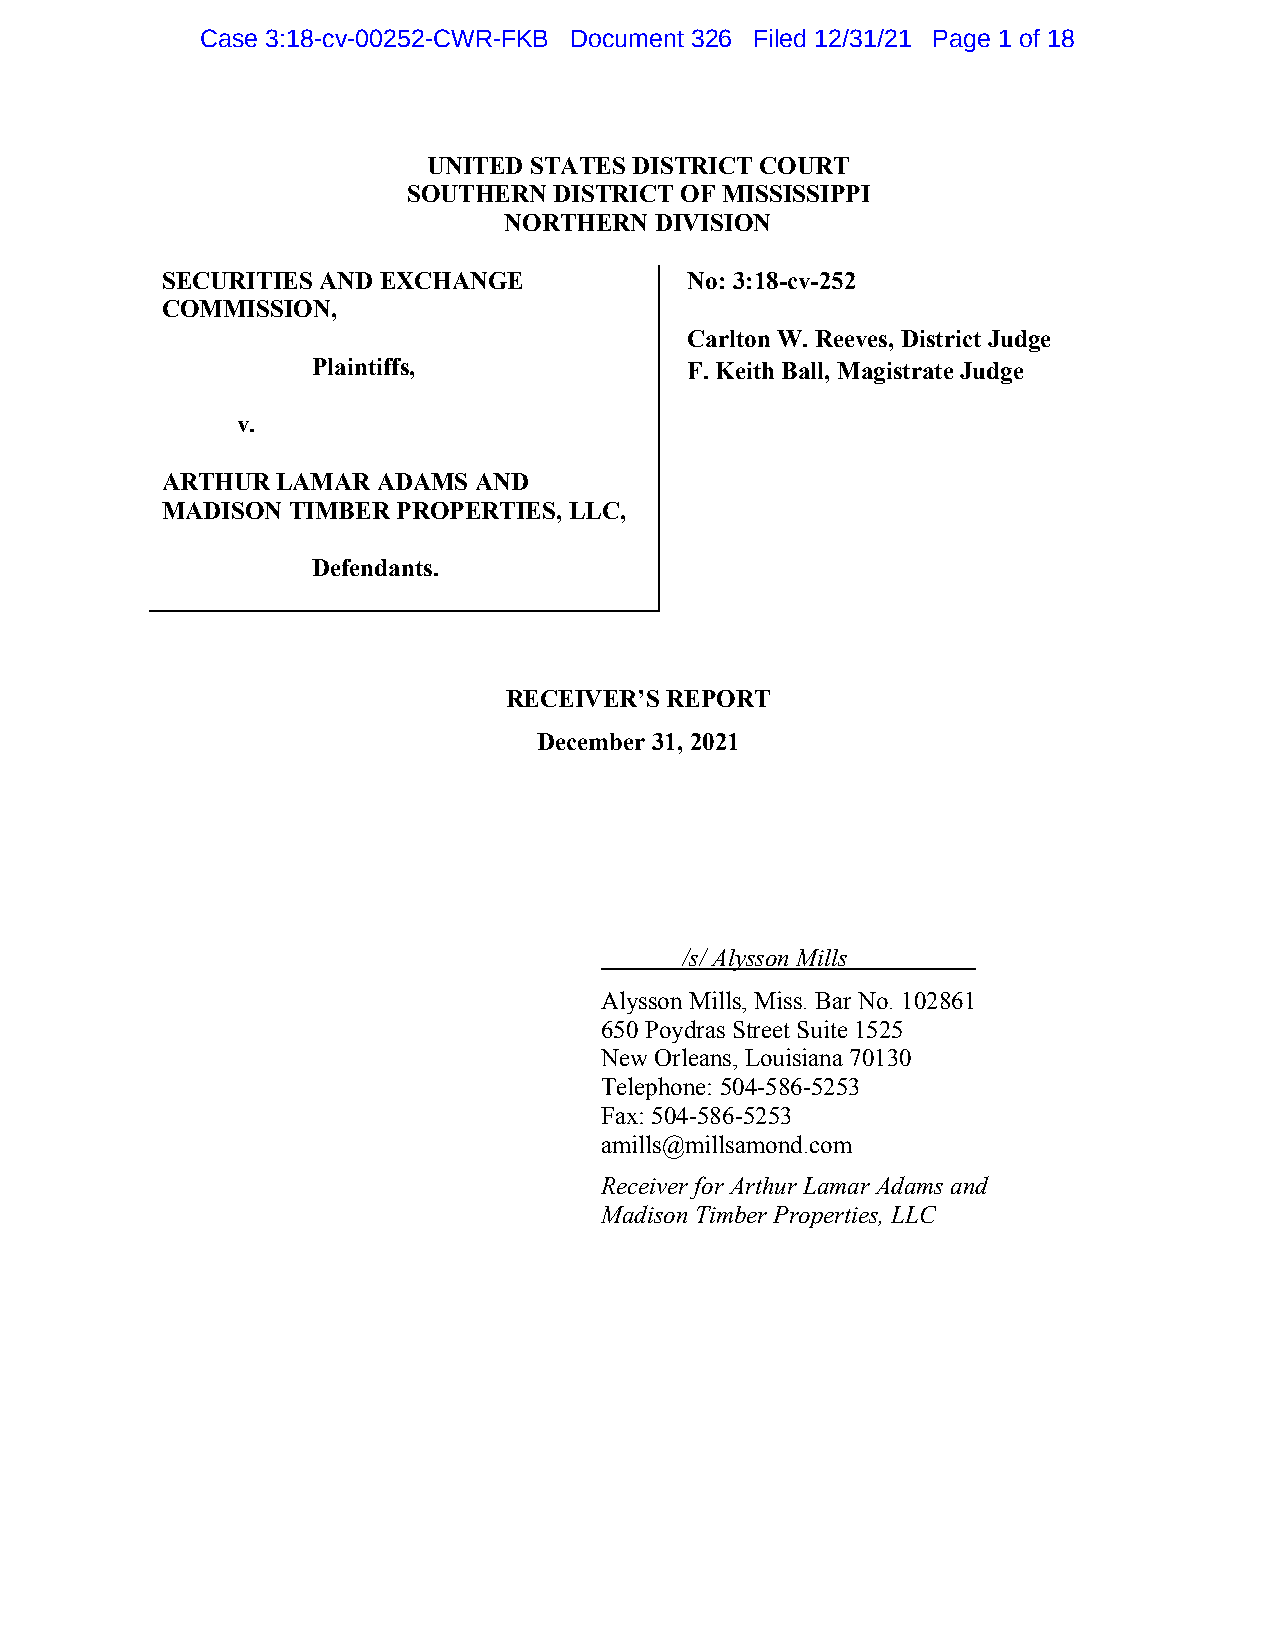
Case 3:18-cv-00252-CWR-FKB Document 326 Filed 12/31/21 Page 1 of 18
 UNITED STATES DISTRICT COURT
 SOUTHERN  DISTRICT OF MISSISSIPPI
 NORTHERN  DIVISION
 SECURITIES AND EXCHANGE           No: 3:18-cv-252
 COMMISSION,
 Carlton W. Reeves, District Judge
 Plaintiffs,             F. Keith Ball, Magistrate Judge
 v.
 ARTHUR LAMAR  ADAMS AND
 MADISON TIMBER PROPERTIES, LLC,
 Defendants.
 RECEIVER’S REPORT
 December 31, 2021
 /s/ Alysson Mills
 Alysson Mills, Miss. Bar No. 102861
 650 Poydras Street Suite 1525
 New Orleans, Louisiana 70130
 Telephone: 504-586-5253
 Fax: 504-586-5253
 amills@millsamond.com
 Receiver for Arthur Lamar Adams and
 Madison Timber Properties, LLC